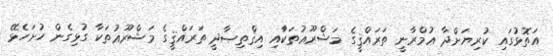
އަތޮޅުގައި ކުރިޔަށްދާ ޢުމްރާނީ ތަރައްޤީގެ މަޝްރޫޢުތަކަާއި އިޤްތިޞާދީ ތަރައްޤީގެ މަޝްރޫޢުތަކާ ގުޅިގެން ހުށަހެޅޭ